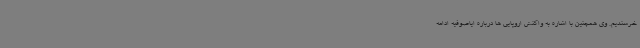
خرسندیم. وی همچنین با اشاره به واکنش اروپایی ها درباره ایاصوفیه ادامه